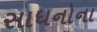
સાધનોના